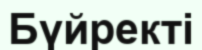
Бүйректі